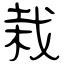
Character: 栽